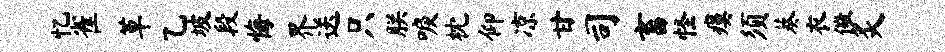
忆雀草乙坡段悔界送只朕唳枕仰凉甘司畜怪瘼须葵衣儆炙